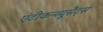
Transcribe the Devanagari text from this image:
एंटीकन्व्यूसैंट्स